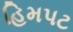
હિમપટ